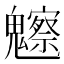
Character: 𩴳